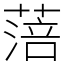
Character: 𦹃